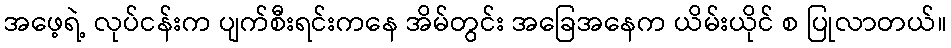
အဖေ့ရဲ့ လုပ်ငန်းက ပျက်စီးရင်းကနေ အိမ်တွင်း အခြေအနေက ယိမ်းယိုင် စ ပြုလာတယ်။